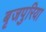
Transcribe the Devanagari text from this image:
बृजपुरिया